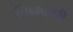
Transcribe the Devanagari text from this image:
चिह्नकारी